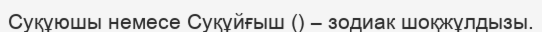
Суқұюшы немесе Суқұйғыш () – зодиак шоқжұлдызы.